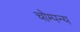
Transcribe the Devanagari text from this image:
चोम्पन्य